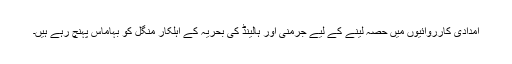
امدادی کارروائیوں میں حصہ لینے کے لیے جرمنی اور ہالینڈ کی بحریہ کے اہلکار منگل کو بہاماس پہنچ رہے ہیں۔